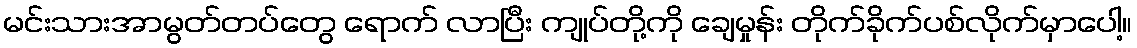
မင်းသားအာမွတ်တပ်တွေ ရောက် လာပြီး ကျုပ်တို့ကို ချေမှုန်း တိုက်ခိုက်ပစ်လိုက်မှာပေါ့။